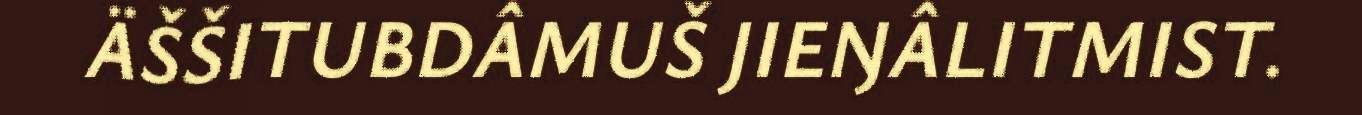
ÄŠŠITUBDÂMUŠ JIEŊÂLITMIST.